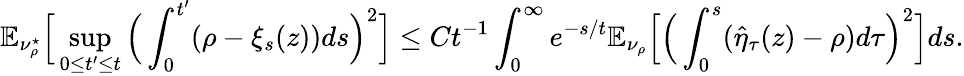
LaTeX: \mathbb E_{\nu_{\rho}^{\star}}\Big[\operatorname*{sup}_{0\leq t^{\prime}\leq t}\Big(\int_{0}^{t^{\prime}}(\rho-\xi_{s}(z))ds\Big)^{2}\Big]\leq Ct^{-1}\int_{0}^{\infty}e^{-s/t}\mathbb E_{\nu_{\rho}}\Big[\Big(\int_{0}^{s}(\hat{\eta}_{\tau}(z)-\rho)d\tau\Big)^{2}\Big]ds.